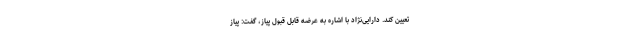
تعیین کند. دارایی‌نژاد با اشاره به عرضه قابل قبول پیاز، گفت: پیاز